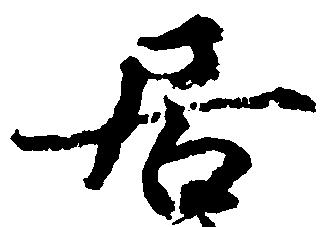
居